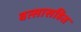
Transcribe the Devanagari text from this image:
वत्सासहित